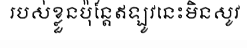
របស់ខ្លួនប៉ុន្តែឥឡូវនេះមិនសូវ